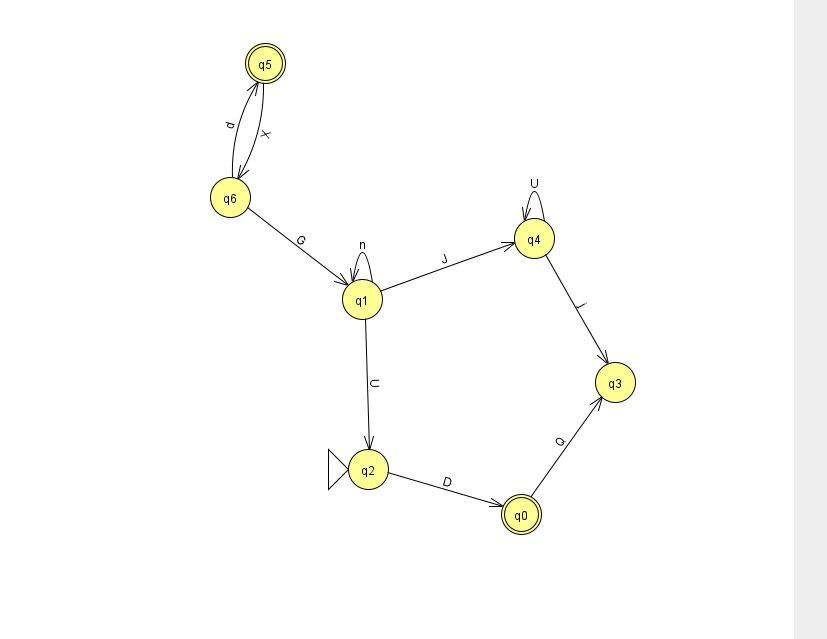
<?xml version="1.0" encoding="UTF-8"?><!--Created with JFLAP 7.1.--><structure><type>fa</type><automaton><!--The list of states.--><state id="0" name="q0"><x>521.0</x><y>501.0</y><final/></state><state id="1" name="q1"><x>362.0</x><y>286.0</y></state><state id="2" name="q2"><x>368.0</x><y>456.0</y><initial/></state><state id="3" name="q3"><x>615.0</x><y>369.0</y></state><state id="4" name="q4"><x>534.0</x><y>225.0</y></state><state id="5" name="q5"><x>265.0</x><y>50.0</y><final/></state><state id="6" name="q6"><x>230.0</x><y>184.0</y></state><!--The list of transitions.--><transition><from>0</from><to>3</to><read>Q</read></transition><transition><from>4</from><to>4</to><read>U</read></transition><transition><from>2</from><to>0</to><read>D</read></transition><transition><from>6</from><to>1</to><read>G</read></transition><transition><from>6</from><to>5</to><read>d</read></transition><transition><from>1</from><to>2</to><read>U</read></transition><transition><from>5</from><to>6</to><read>X</read></transition><transition><from>4</from><to>3</to><read>j</read></transition><transition><from>1</from><to>1</to><read>n</read></transition><transition><from>1</from><to>4</to><read>J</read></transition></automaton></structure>